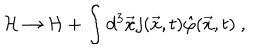
{ \cal H } \rightarrow { \cal H } + \int d ^ { 3 } { \vec { x } } j ( { \vec { x } } , t ) { \hat { \varphi } } { ( \vec { x } } , t ) \ ,